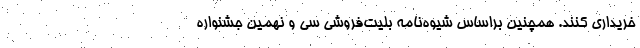
خریداری کنند. همچنین براساس شیوه‌نامه بلیت‌فروشی سی و نهمین جشنواره